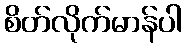
စိတ်လိုက်မာန်ပါ